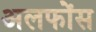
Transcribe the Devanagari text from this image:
अलफोंस